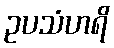
ဥပသံဟရိ